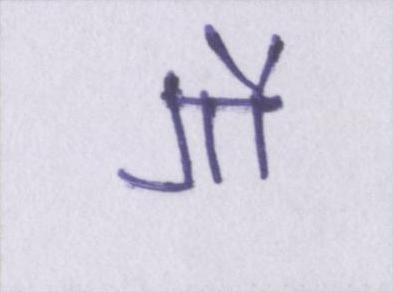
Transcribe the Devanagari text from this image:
गौ